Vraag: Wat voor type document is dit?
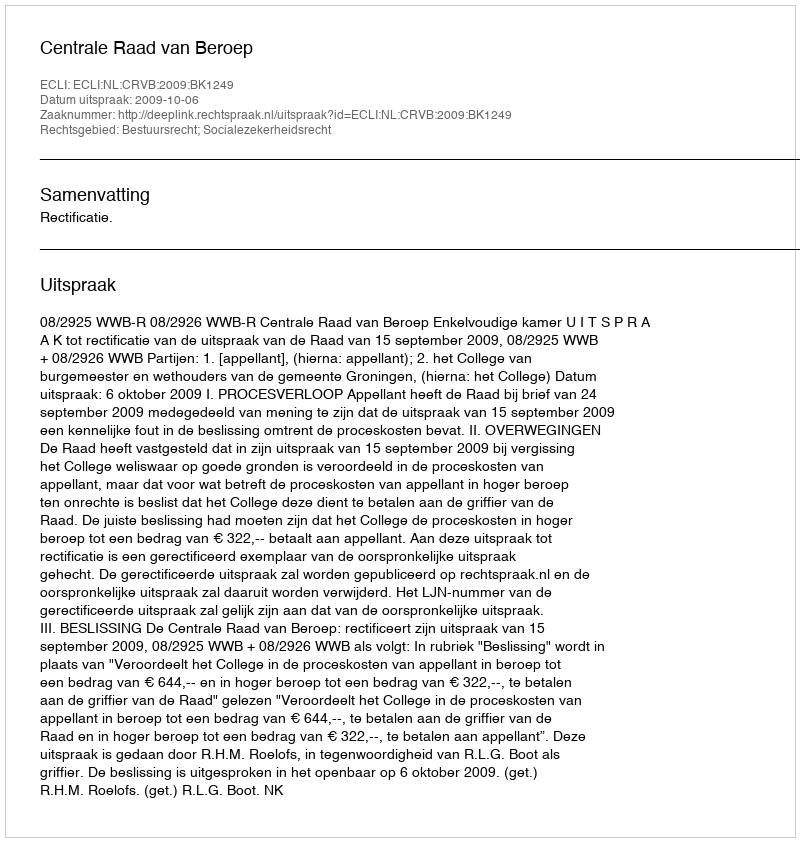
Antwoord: Uitspraak